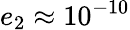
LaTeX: e_{2}\approx 10^{-10}